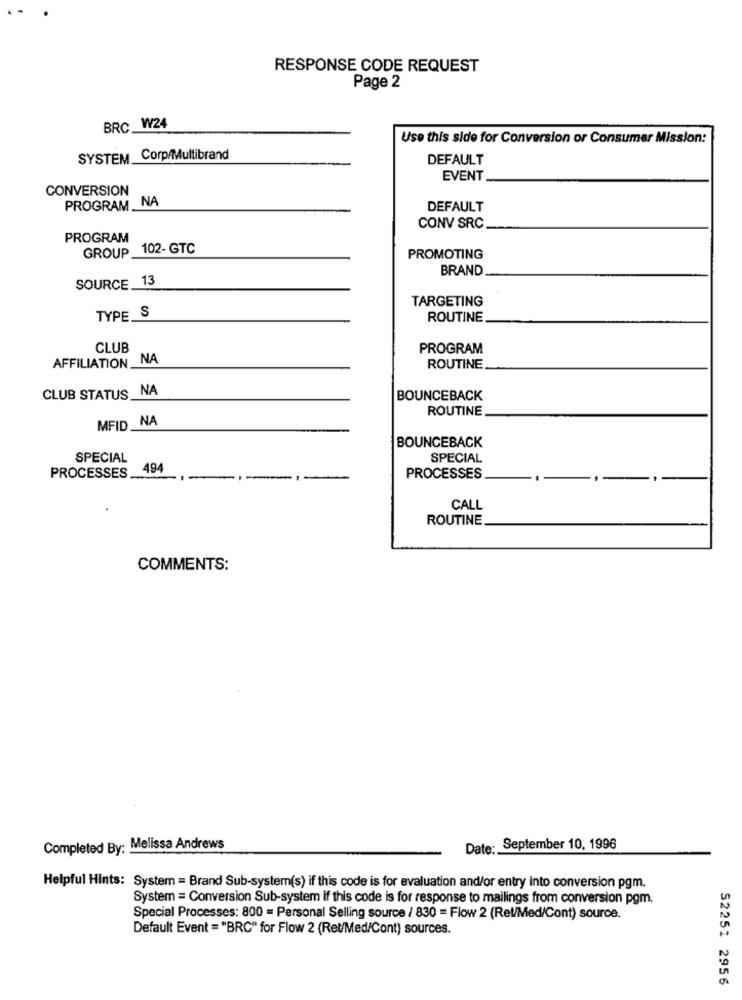
RESPONSE CODE REQUEST
Page 2
BRC W24
Use this side for Conversion or Consumer Mission:
SYSTEM Corp/Multibrand
DEFAULT
EVENT
CONVERSION
PROGRAM NA
DEFAULT
CONV SRC
PROGRAM
GROUP _102-GTC
PROMOTING
BRAND
SOURCE 13
TARGETING
TYPE S
ROUTINE
CLUB
PROGRAM
AFFILIATION NA
ROUTINE
CLUB STATUS _NA
BOUNCEBACK
ROUTINE
MFID NA
BOUNCEBACK
SPECIAL
SPECIAL
494
PROCESSES ..
PROCESSES
CALL
ROUTINE
COMMENTS:
Completed By: Melissa Andrews
Date: September 10, 1996
Helpful Hints: System = Brand Sub-system(s) if this code is for evaluation and/or entry into conversion pgm.
System = Conversion Sub-system if this code is for response to mailings from conversion pgm.
Special Processes: 800 = Personal Selling source / 830 = Flow 2 (Ret/Med/Cont) source.
Default Event = "BRC" for Flow 2 (Ret/Med/Cont) sources.
52251 2956